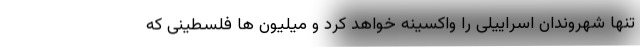
تنها شهروندان اسراییلی را واکسینه خواهد کرد و میلیون ها فلسطینی که